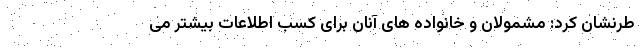
طرنشان کرد: مشمولان و خانواده های آنان برای کسب اطلاعات بیشتر می